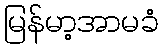
မြန်မာ့အာမခံ